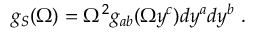
g _ { S } ( \Omega ) = \Omega ^ { 2 } g _ { a b } ( \Omega y ^ { c } ) d y ^ { a } d y ^ { b } ~ .